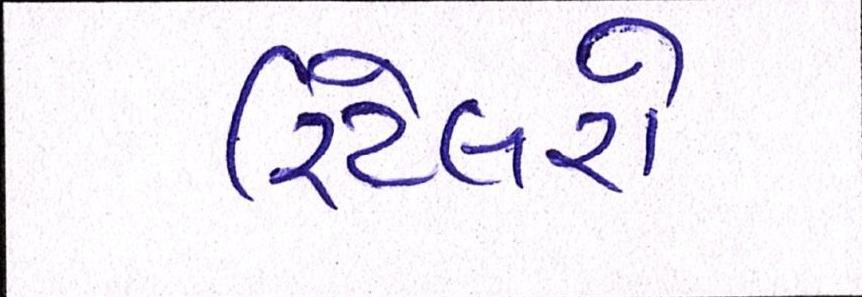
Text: રિટેલરો